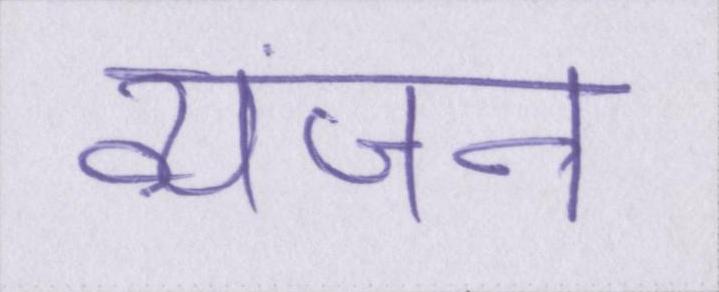
व्यंजन